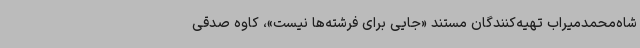
شاه‌محمدمیراب تهیه‌کنندگان مستند «جایی برای فرشته‌ها نیست»، کاوه صدقی